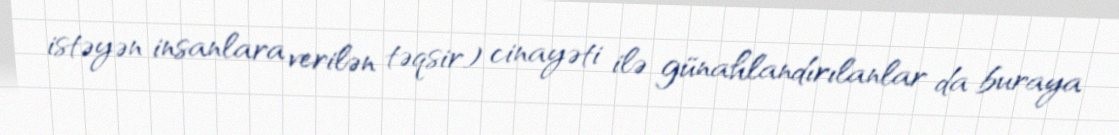
istəyən insanlara verilən təqsir) cinayəti ilə günahlandırılanlar da buraya